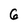
Character: 6